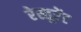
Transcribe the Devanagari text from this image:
रेस्तूरेंट